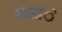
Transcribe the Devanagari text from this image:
वालांे